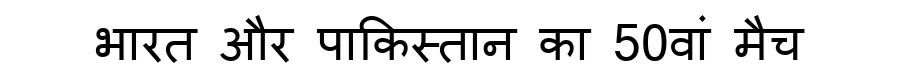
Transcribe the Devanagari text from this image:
भारत और पाकिस्तान का 50वां मैच